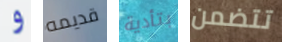
و قديمه بتأدية تتضمن